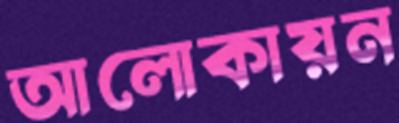
আলোকায়ন